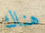
هناك